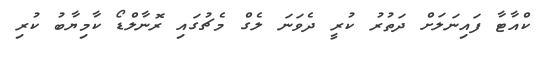
ކްއާޓާ ފައިނަލަށް ދަތުރު ކުރީ ދެވަނަ ލެގް މެޗުގައި ރޮނާލްޑޯ ކާމިޔާބު ކުރި